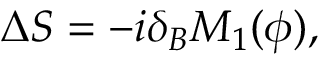
\Delta S = - i \delta _ { B } M _ { 1 } ( \phi ) ,